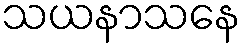
သယနာသနေ